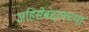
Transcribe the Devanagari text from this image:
अहिंसेबद्दलच्या